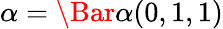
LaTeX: \alpha=\Bar{\alpha}(0,1,1)